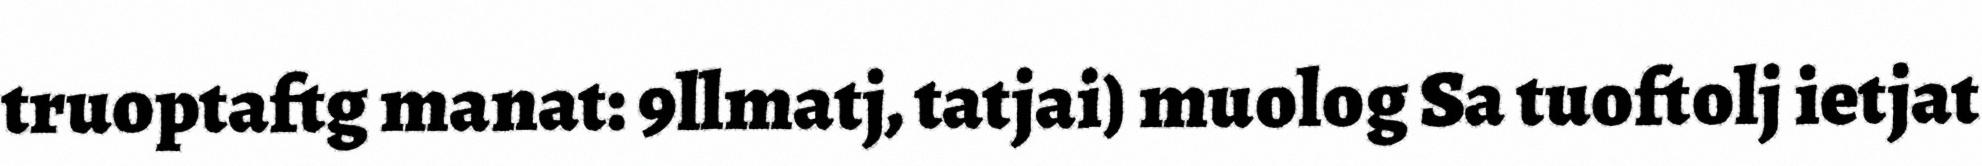
truoptaftg manat: 9llmatj, tatjai) muolog Sa tuoftolj ietjat